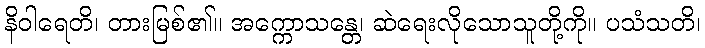
နိဝါရေတိ၊ တားမြစ်၏။ အက္ကောသန္တေ၊ ဆဲရေးလိုသောသူတို့ကို။ ပသံသတိ၊